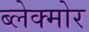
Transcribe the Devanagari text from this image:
ब्लेक्मोर